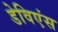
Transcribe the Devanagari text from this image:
डेविएंस